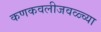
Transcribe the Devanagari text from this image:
कणकवलीजवळ्च्या